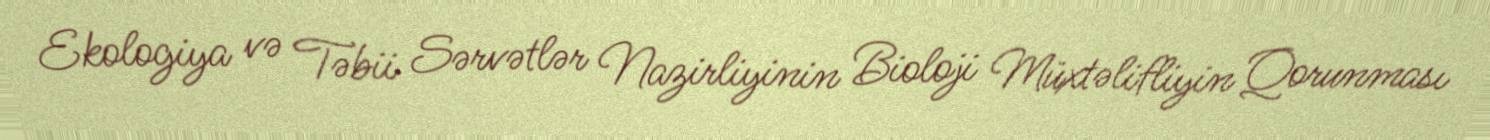
Ekologiya və Təbii Sərvətlər Nazirliyinin Bioloji Müxtəlifliyin Qorunması